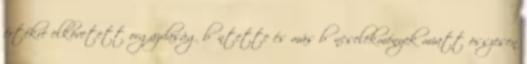
értékre elkövetett orgazdaság bűntette és más bűncselekmények miatt összesen